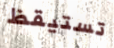
تستيقظ